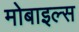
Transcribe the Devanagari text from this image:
मोबाइल्स